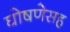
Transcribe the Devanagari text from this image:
घोषणेसह